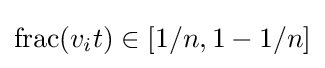
\operatorname {frac} (v_{i}t)\in [1/n,1-1/n]